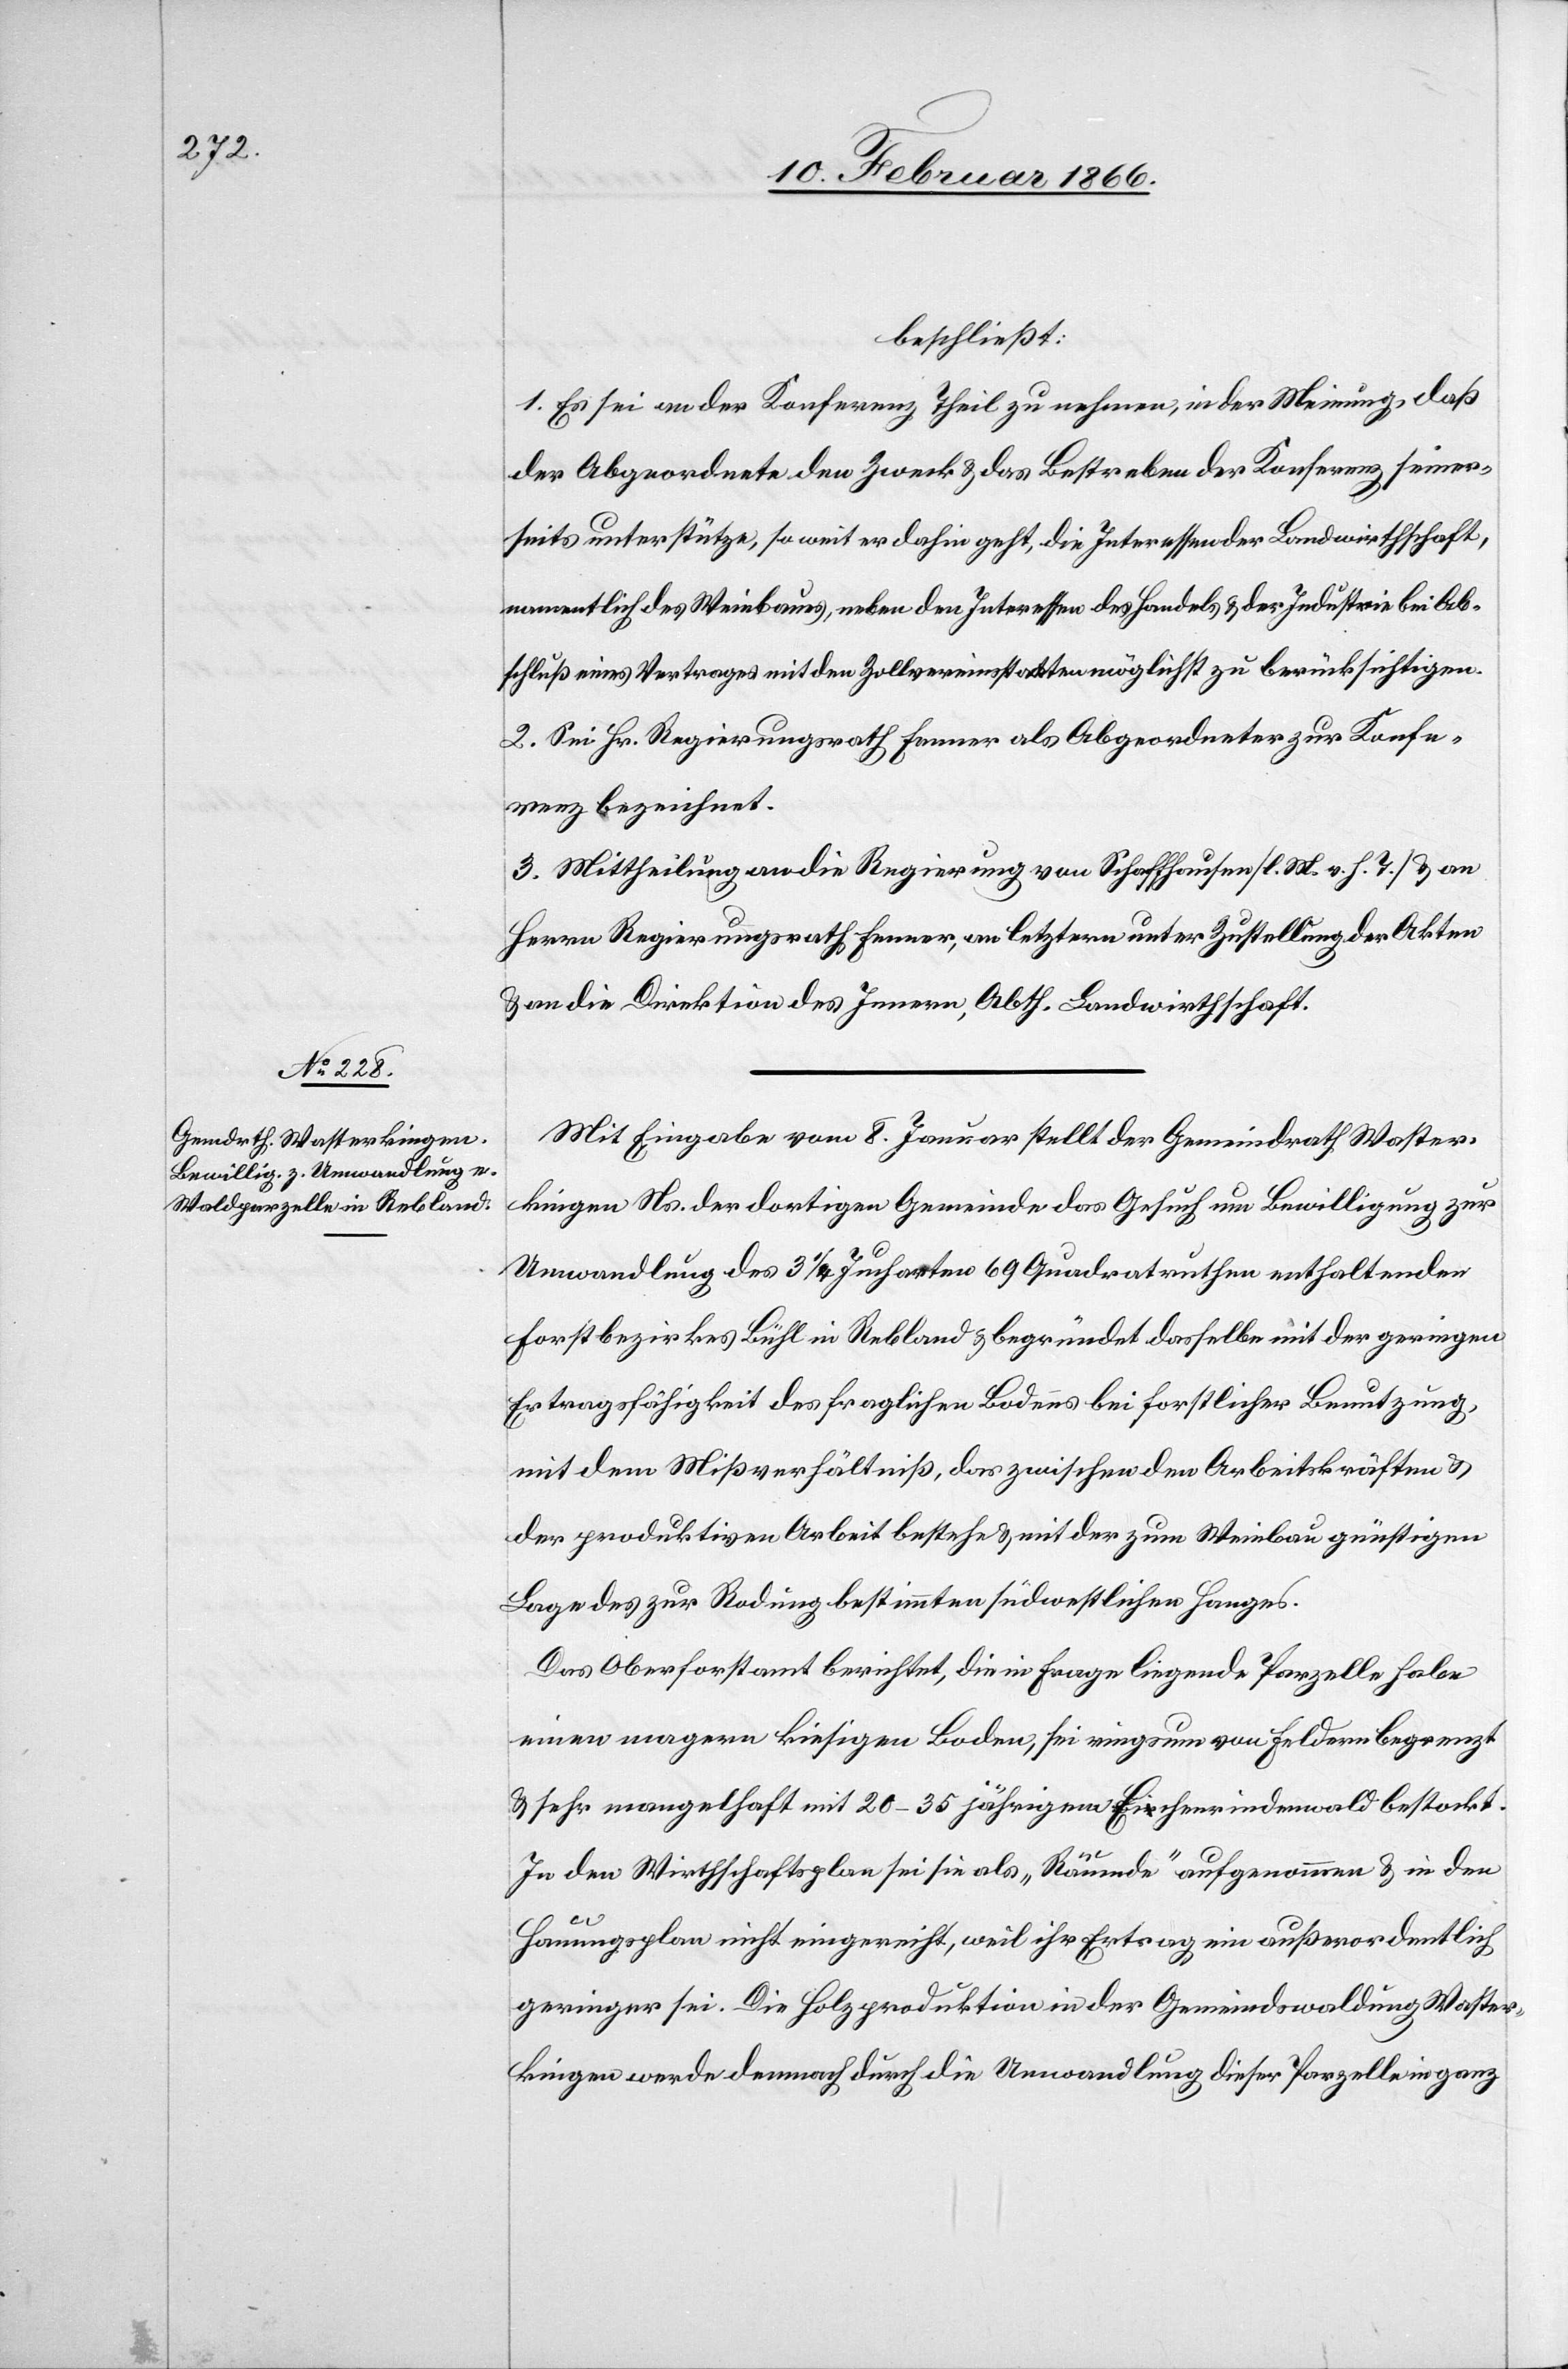
beschließt:
1. Es sei an der Konferenz Theil zu nehmen, in der Meinung, daß
der Abgeordnete den Zweck u. das Bestreben der Konferenz seiner¬
seits unterstütze, so weit er dahin geht, die Interessen der Landwirthschaft,
namentlich des Weinbaues, neben den Interessen des Handels u. der Industrie bei Ab¬
schluß eines Vertrages mit den Zollvereinsstaaten möglichst zu berücksichtigen.
2. Sei Hr. Regierungsrath Fenner als Abgeordneter zur Konfe¬
renz bezeichnet.
3. Mittheilung an die Regierung von Schaffhausen [l. M. v. h. T.] u. an
Herren Regierungsrath Fenner, an letztern unter Zustellung der Akten
u. an die Direktion des Innern, Abth. Landwirthschaft.
Mit Eingabe vom 8. Januar stellt der Gemeindrath Waster¬
kingen Ns. der dortigen Gemeinde das Gesuch um Bewilligung zur
Umwandlung des 3 ¼ Jucharten 69 Quadratruthen enthaltenden
Forstbezirkes Bühl in Rebland u. begründet dasselbe mit der geringen
Ertragsfähigkeit des fraglichen Bodens bei forstlicher Benutzung,
mit dem Mißverhältniß, das zwischen den Arbeitskräften u.
der produktiven Arbeit bestehe u. mit der zum Weinbau günstigen
Lage des zur Rodung bestimmten südwestlichen Hanges.
Das Oberforstamt berichtet, die in Frage liegende Parzelle habe
einen magern kiesigen Boden, sei ringsum von Feldern begrenzt
u. sehr mangelhaft mit 20–35 jährigem Eichenrindenwald bestockt.
In dem Wirthschaftsplan sei sie als „Räumde“ aufgenommen u. in den
Hauungsplan nicht eingereiht, weil ihr Ertrag ein außerordentlich
geringer sei. Die Holzproduktion in der Gemeindwaldung Waster¬
kingen werde demnach durch die Umwandlung dieser Parzelle in ganz